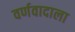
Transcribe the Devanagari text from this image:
वर्णवादाला